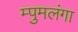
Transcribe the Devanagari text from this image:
म्पुमलंगा